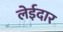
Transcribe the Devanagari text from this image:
लेईदार